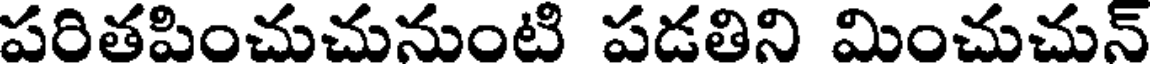
పరితపించుచునుంటి పడతిని మించుచున్